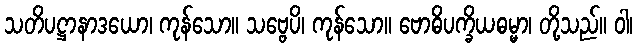
သတိပဋ္ဌာနာဒယော၊ ကုန်သော။ သဗ္ဗေပိ၊ ကုန်သော။ ဗောဓိပက္ခိယဓမ္မာ၊ တို့သည်။ ဝါ၊